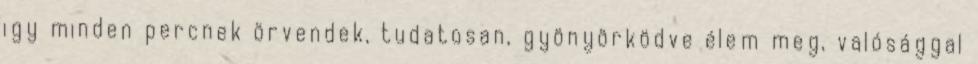
igy minden percnek örvendek, tudatosan, gyönyörködve élem meg, valósággal